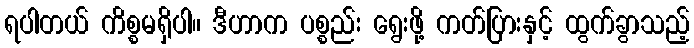
ရပါတယ် ကိစ္စမရှိပါ။ ဒီဟာက ပစ္စည်း ရွေးဖို့ ကတ်ပြားနှင့် ထွက်ခွာသည့်